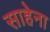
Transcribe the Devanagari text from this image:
साहेना